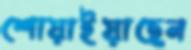
শোয়াইয়াছেন